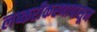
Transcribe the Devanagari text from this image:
लष्करीकरणापासून